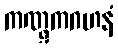
ကဏ္ဋကဂဟနံ